Assam Mental Hospital (Tezpur, India) - 1933-1948
Year: 1933
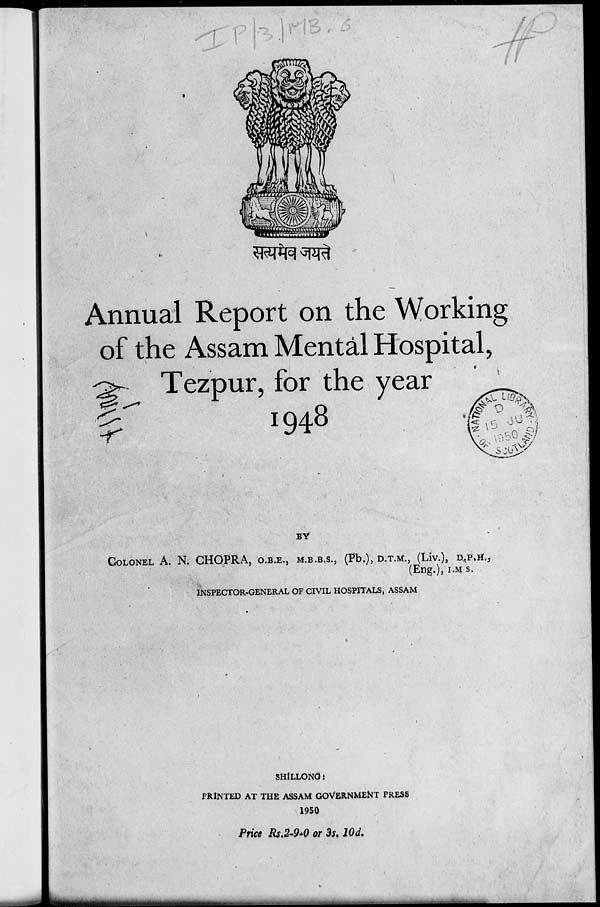
Annual Report on the Working
of the Assam Mental Hospital,
Tezpur, for the year
1948
BY
COLONEL A. N. CHOPRA, O.B.E., M.B.B.S., (Pb.), D.T.M., (Liv.), D.P.H.,
(Eng.), I.M.S.
INSPECTOR-GENERAL OF CIVIL HOSPITALS, ASSAM
SHILLONG :
PRINTED AT THE ASSAM GOVERNMENT PRESS
1950
Price Rs.2-9-0 or 3s. 10d.